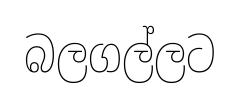
බලගල්ලට